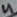
Text: 4